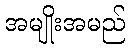
အမျိုးအမည်